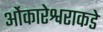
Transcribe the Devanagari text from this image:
ओंकारेश्वराकडे